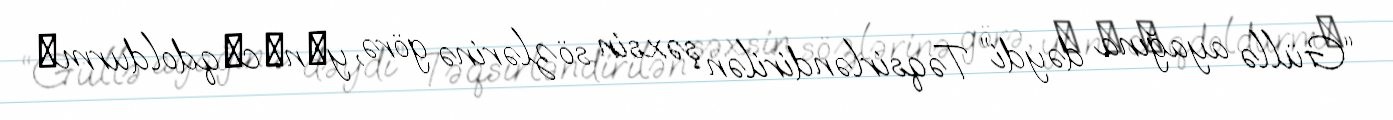
“Güllə ayağına dəydi” Təqsirləndirilən şəxsin sözlərinə görə, yаnаcаqdoldurmа